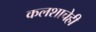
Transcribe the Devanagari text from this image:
कलशाचेही